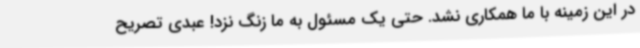
در این زمینه با ما همکاری نشد. حتی یک مسئول به ما زنگ نزد! عبدی تصریح